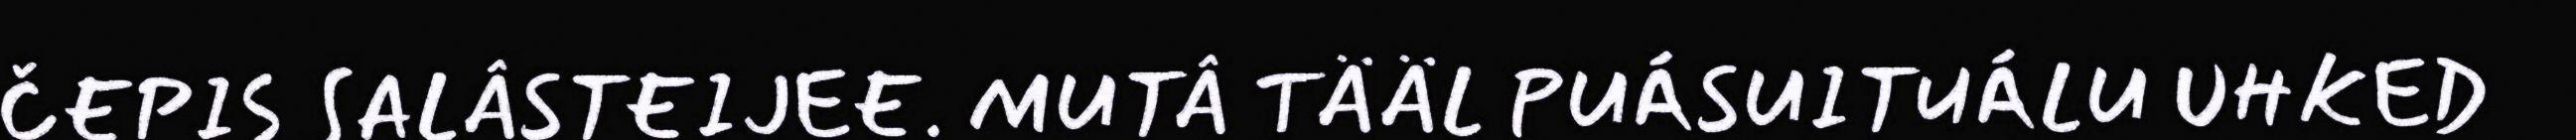
ČEPIS SALÂSTEIJEE. MUTÂ TÄÄL PUÁSUITUÁLU UHKED